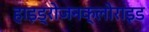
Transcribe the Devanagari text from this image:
हाइड्रोजनक्लोराइड